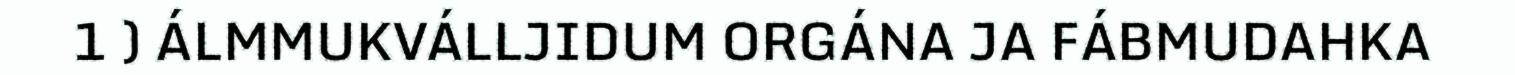
1 ) ÁLMMUKVÁLLJIDUM ORGÁNA JA FÁBMUDAHKA